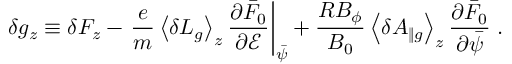
\delta g _ { z } \equiv \delta F _ { z } - \left. \frac { e } { m } \left\langle \delta L _ { g } \right\rangle _ { z } \frac { \partial \bar { F } _ { 0 } } { \partial \mathcal { E } } \right| _ { \bar { \psi } } + \frac { R B _ { \phi } } { B _ { 0 } } \left\langle \delta A _ { \| g } \right\rangle _ { z } \frac { \partial \bar { F } _ { 0 } } { \partial \bar { \psi } } \; .